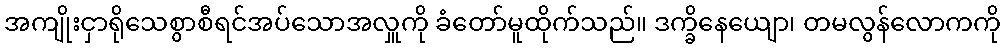
အကျိုးငှာရိုသေစွာစီရင်အပ်သောအလှူကို ခံတော်မူထိုက်သည်။ ဒက္ခိနေယျော၊ တမလွန်လောကကို